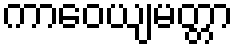
ကာဝေယျမတ္တာ